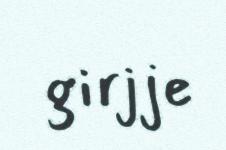
girjje